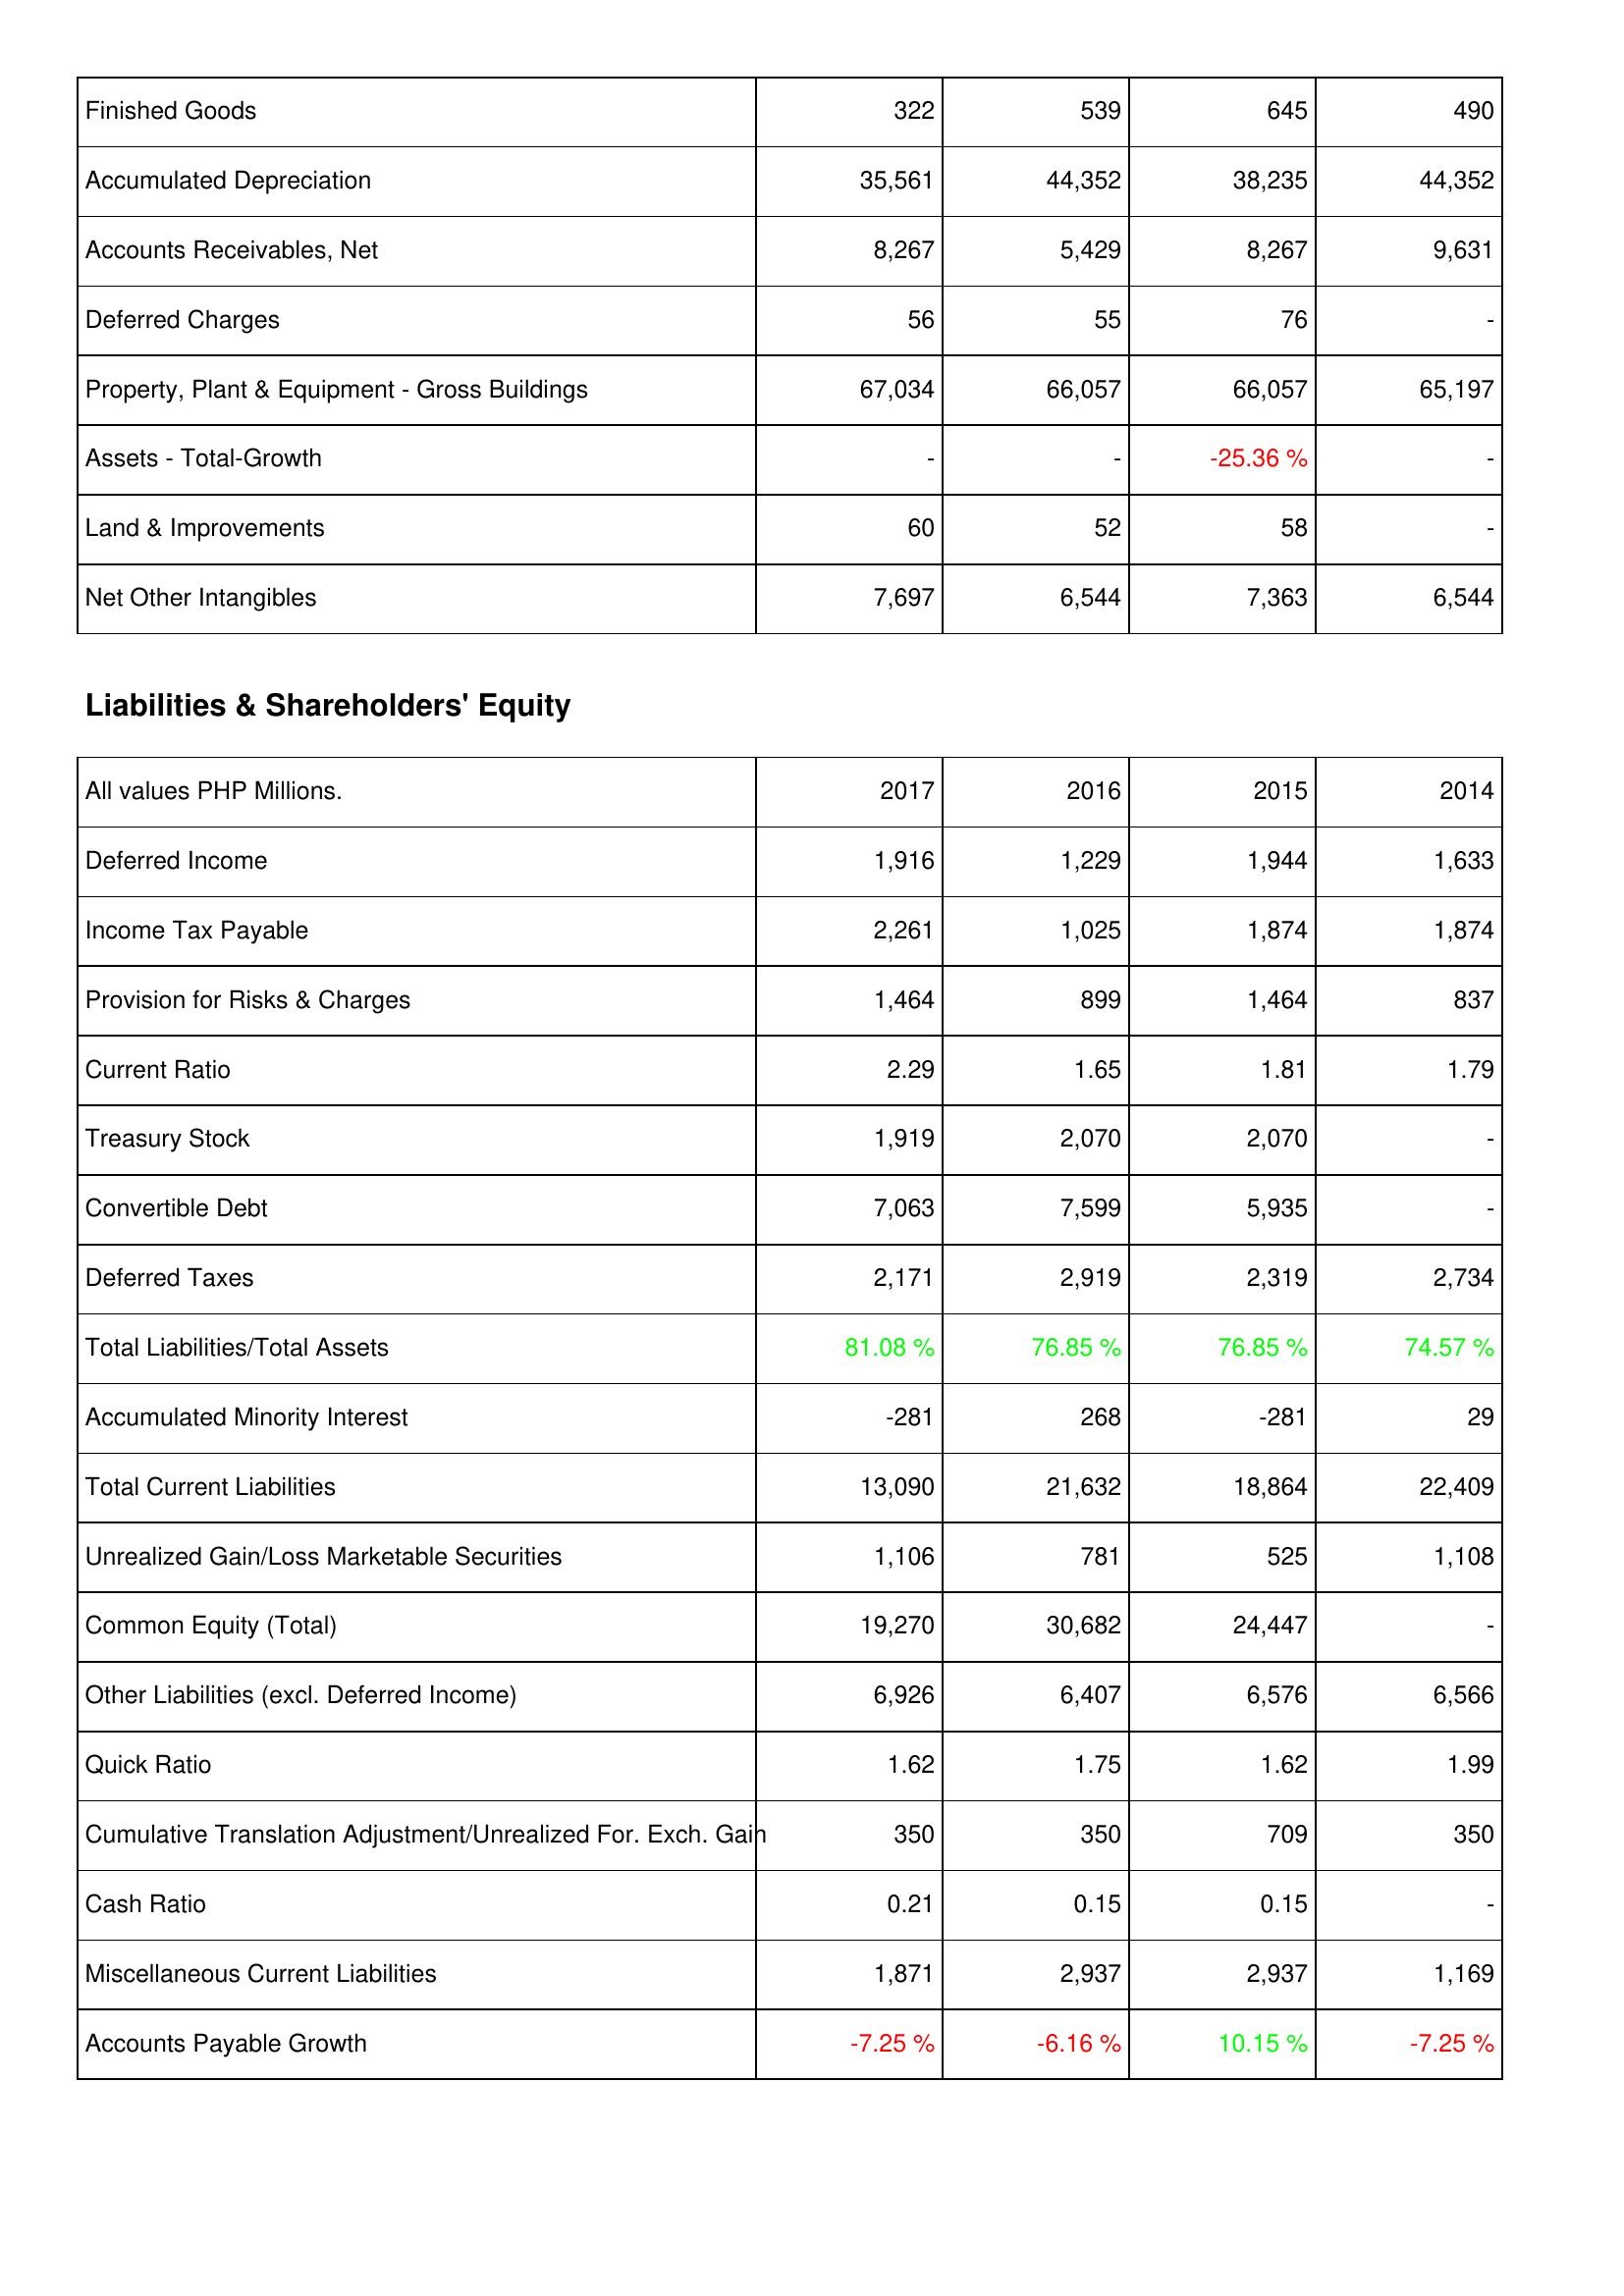
2017: Assets: Finished Goods: 322
Accumulated Depreciation: 35,561
Accounts Receivables, Net: 8,267
Deferred Charges: 56
Property, Plant & Equipment - Gross Buildings: 67,034
Assets - Total-Growth: -
Land & Improvements: 60
Net Other Intangibles: 7,697
Liabilities & Shareholders' Equity: Deferred Income: 1,916
Income Tax Payable: 2,261
Provision for Risks & Charges: 1,464
Current Ratio: 2.29
Treasury Stock: 1,919
Convertible Debt: 7,063
Deferred Taxes: 2,171
Total Liabilities/Total Assets: 81.08 %
Accumulated Minority Interest: -281
Total Current Liabilities: 13,090
Unrealized Gain/Loss Marketable Securities: 1,106
Common Equity (Total): 19,270
Other Liabilities (excl. Deferred Income): 6,926
Quick Ratio: 1.62
Cumulative Translation Adjustment/Unrealized For. Exch. Gain: 350
Cash Ratio: 0.21
Miscellaneous Current Liabilities: 1,871
Accounts Payable Growth: -7.25 %
2016: Assets: Finished Goods: 539
Accumulated Depreciation: 44,352
Accounts Receivables, Net: 5,429
Deferred Charges: 55
Property, Plant & Equipment - Gross Buildings: 66,057
Assets - Total-Growth: -
Land & Improvements: 52
Net Other Intangibles: 6,544
Liabilities & Shareholders' Equity: Deferred Income: 1,229
Income Tax Payable: 1,025
Provision for Risks & Charges: 899
Current Ratio: 1.65
Treasury Stock: 2,070
Convertible Debt: 7,599
Deferred Taxes: 2,919
Total Liabilities/Total Assets: 76.85 %
Accumulated Minority Interest: 268
Total Current Liabilities: 21,632
Unrealized Gain/Loss Marketable Securities: 781
Common Equity (Total): 30,682
Other Liabilities (excl. Deferred Income): 6,407
Quick Ratio: 1.75
Cumulative Translation Adjustment/Unrealized For. Exch. Gain: 350
Cash Ratio: 0.15
Miscellaneous Current Liabilities: 2,937
Accounts Payable Growth: -6.16 %
2015: Assets: Finished Goods: 645
Accumulated Depreciation: 38,235
Accounts Receivables, Net: 8,267
Deferred Charges: 76
Property, Plant & Equipment - Gross Buildings: 66,057
Assets - Total-Growth: -25.36 %
Land & Improvements: 58
Net Other Intangibles: 7,363
Liabilities & Shareholders' Equity: Deferred Income: 1,944
Income Tax Payable: 1,874
Provision for Risks & Charges: 1,464
Current Ratio: 1.81
Treasury Stock: 2,070
Convertible Debt: 5,935
Deferred Taxes: 2,319
Total Liabilities/Total Assets: 76.85 %
Accumulated Minority Interest: -281
Total Current Liabilities: 18,864
Unrealized Gain/Loss Marketable Securities: 525
Common Equity (Total): 24,447
Other Liabilities (excl. Deferred Income): 6,576
Quick Ratio: 1.62
Cumulative Translation Adjustment/Unrealized For. Exch. Gain: 709
Cash Ratio: 0.15
Miscellaneous Current Liabilities: 2,937
Accounts Payable Growth: 10.15 %
2014: Assets: Finished Goods: 490
Accumulated Depreciation: 44,352
Accounts Receivables, Net: 9,631
Deferred Charges: -
Property, Plant & Equipment - Gross Buildings: 65,197
Assets - Total-Growth: -
Land & Improvements: -
Net Other Intangibles: 6,544
Liabilities & Shareholders' Equity: Deferred Income: 1,633
Income Tax Payable: 1,874
Provision for Risks & Charges: 837
Current Ratio: 1.79
Treasury Stock: -
Convertible Debt: -
Deferred Taxes: 2,734
Total Liabilities/Total Assets: 74.57 %
Accumulated Minority Interest: 29
Total Current Liabilities: 22,409
Unrealized Gain/Loss Marketable Securities: 1,108
Common Equity (Total): -
Other Liabilities (excl. Deferred Income): 6,566
Quick Ratio: 1.99
Cumulative Translation Adjustment/Unrealized For. Exch. Gain: 350
Cash Ratio: -
Miscellaneous Current Liabilities: 1,169
Accounts Payable Growth: -7.25 %